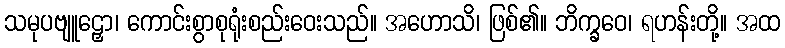
သမုပဗျူဠှော၊ ကောင်းစွာစုရုံးစည်းဝေးသည်။ အဟောသိ၊ ဖြစ်၏။ ဘိက္ခဝေ၊ ရဟန်းတို့။ အထ